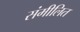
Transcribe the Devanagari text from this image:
संमीलित